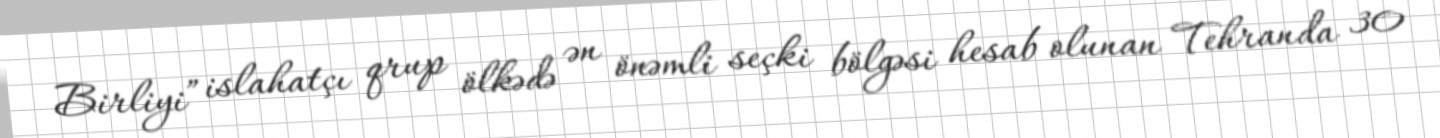
Birliyi” islahatçı qrup ölkədə ən önəmli seçki bölgəsi hesab olunan Tehranda 30